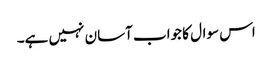
اس سوال کا جواب آسان نہیں ہے۔